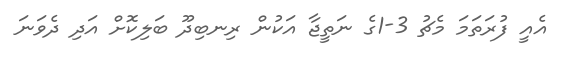
އެއީ ފުރަތަމަ މެޗު 3-1ގެ ނަތީޖާ އަކުން ރިނބިދޫ ބަލިކޮށް އަދި ދެވަނަ